Vaccination in the Punjab 1897-1904 - 1897-1904
Year: 1897
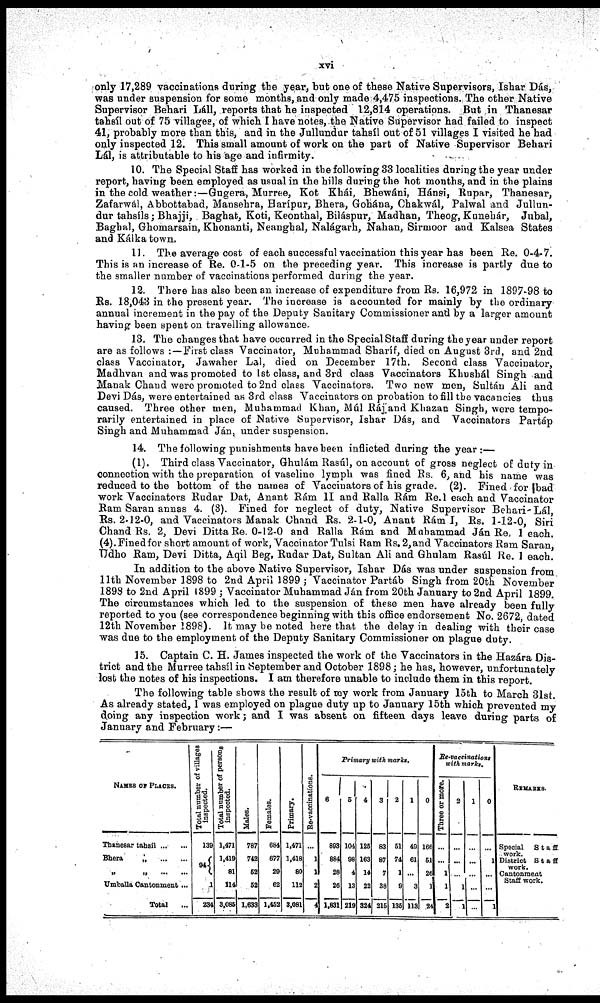
xvi
only 17,289 vaccinations during the year, but one of these Native Supervisors, Ishar Dás,
was under suspension for some months, and only made 4,475 inspections. The other Native
Supervisor Behari Láll, reports that he inspected 12,814 operations. But in Thanesar
tahsíl out of 75 villages, of which I have notes, the Native Supervisor had failed to inspect
41, probably more than this, and in the Jullundur tahsíl out of 51 villages I visited he had
only inspected 12. This small amount of work on the part of Native Supervisor Behari
Lál, is attributable to his age and infirmity.
10. The Special Staff has worked in the following 33 localities during the year under
report, having been employed as usual in the hills during the hot months, and in the plains
in the cold weather:—Gugera, Murree, Kot Khái, Bhewáni, Hánsi, Rupar, Thanesar,
Zafarwál, Abbottabad, Mansehra, Harípur, Bhera, Gohána, Chakwál, Palwal and Jullun-
dur tahsíls; Bhajji, Baghat, Koti, Keonthal, Biláspur, Madhan, Theog, Kunehár, Jubal,
Baghal, Ghomarsain, Khonanti, Neanghal, Nalágarh, Nahan, Sirmoor and Kalsea States
and Kálka town.
11. The average cost of each successful vaccination this year has been Re. 0-4-7.
This is an increase of Re. 0-1-5 on the preceding year. This increase is partly due to
the smaller number of vaccinations performed during the year.
12. There has also been an increase of expenditure from Rs. 16,972 in 1897-98 to
Rs. 18,043 in the present year. The increase is accounted for mainly by the ordinary
annual increment in the pay of the Deputy Sanitary Commissioner and by a larger amount
having been spent on travelling allowance.
13. The changes that have occurred in the Special Staff during the year under report
are as follows : — First class Vaccinator, Muhammad Sharíf, died on August 3rd, and 2nd
class Vaccinator, Jawaher Lal, died on December 17th. Second class Vaccinator,
Madhvan and was promoted to 1st class, and 3rd class Vaccinators Khushál Singh and
Manak Chand were promoted to 2nd class Vaccinators. Two new men, Sultán Ali and
Devi Dás, were entertained as 3rd class Vaccinators on probation to fill the vacancies thus
caused. Three other men, Muhammad Khan, Múl Ráj and Khazan Singh, were tempo-
rarily entertained in place of Native Supervisor, Ishar Dás, and Vaccinators Partáp
Singh and Muhammad Ján, under suspension.
14. The following punishments have been inflicted during the year:—
(1). Third class Vaccinator, Ghulám Rasúl, on account of gross neglect of: duty in
connection with the preparation of vaseline lymph was fined Rs. 6, and his name was
reduced to the bottom of the names of Vaccinators of his grade. (2). Fined for bad
work Vaccinators Rudar Dat, Anant Rám II and Ralla Rám Re.1 each and Vaccinator
Ram Saran annas 4. (3). Fined for neglect of duty, Native Supervisor Behari-Lál,
Rs. 2-12-0, and Vaccinators Manak Chand Rs. 2-1-0, Anant Rám I, Rs. 1-12-0, Siri
Chand Rs. 2, Devi Ditta Re. 0-12-0 and Ralla Rám and Muhammad Ján Re. 1 each.
(4). Fined for short amount of work, Vaccinator Tulsi Ram Rs. 2, and Vaccinators Ram Saran
Udho Ram, Devi Ditta, Aqil Beg, Rudar Dat, Sultan Ali and Ghulam Rasúl Re. 1 each.
In addition to the above Native Supervisor, Ishar Dás was under suspension from
11th November 1898 to 2nd April 1899 ; Vaccinator Partáb Singh from 20th November
1898 to 2nd April 1899 ; Vaccinator Muhammad Ján from 20th January to 2nd April 1899.
The circumstances which led to the suspension of these men have already been fully
reported to you (see correspondence beginning with this office endorsement No. 2672, dated
12th November 1898). It may be noted here that the delay in dealing with their case
was due to the employment of the Deputy Sanitary Commissioner on plague duty.
15. Captain C. H. James inspected the work of the Vaccinators in the Hazára Dis-
trict and the Murree tahsíl in September and October 1898; he has, however, unfortunately
lost the notes of his inspections. I am therefore unable to include them in this report.
The following table shows the result of my work from January 15th to March 31st.
As already stated, I was employed on plague duty up to January 15th which prevented my
doing any inspection work; and I was absent on fifteen days leave during parts of
January and February :—
NAMES OF PLACES.
Thanesar tahsíl ... ...
Bhera
„
...
...
„
„
...
...
Umballa Cantonment ...
Total ...
Total number of villages
inspected.
139
94
1
234
Total number of persons
inspected.
1,471
1,419
81
114
3,085
Males.
787
742
62
62
1,633
Females.
684
677
29
62
1,452
Primary.
1,471
1,418
80
112
3,081
He-vaccinations.
...
1
1
2
4
Primary with marks.
6
893
884
28
26
1,831
5
104
98
4
13
219
4
126
163
14
22
324
3
83
87
7
38
216
2
61
74
1
9
136
1
49
61
...
3
113
0
166
61
26
1
24
Re-vaccinationt
with marks.
Three or more.
...
1
1
2
2
...
...
1
1
1
...
...
...
...
0
1
...
...
1
REMARKS.
Special Staff
work.
District Staff
work.
Cantonment
Staff work.